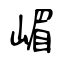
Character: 嵋